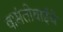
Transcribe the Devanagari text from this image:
वासंतीबाईंचे